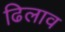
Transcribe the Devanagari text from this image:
ढिलाव